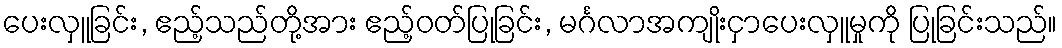
ပေးလှူခြင်း, ဧည့်သည်တို့အား ဧည့်ဝတ်ပြုခြင်း, မင်္ဂလာအကျိုးငှာပေးလှူမှုကို ပြုခြင်းသည်။